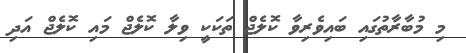
މި މުބާރާތުގައި ބައިވެރިވާ ކޮލެޖް ތަކަކީ ވިލާ ކޮލެޖް މައި ކޮލެޖް އަދި